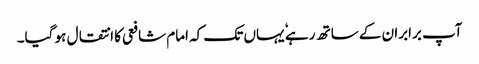
آپ برابران کے ساتھ رہے ٗ یہاں تک کہ امام شافعی کا انتقال ہو گیا۔